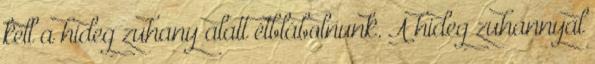
kell a hideg zuhany alatt étblábolnunk. A hideg zuhannyal